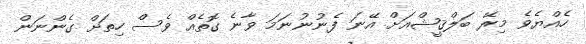
ހެއްޔެވެ މިރޭ ބަލްޤީޝްއަށް އޭނަ ފެނުނުނަމަ ވާނެ ގޮތެއް ވެސް ހިތަށް ގެންނަން